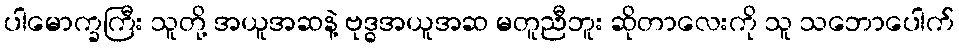
ပါမောက္ခကြီး သူတို့ အယူအဆနဲ့ ဗုဒ္ဓအယူအဆ မတူညီဘူး ဆိုတာလေးကို သူ သဘောပေါက်